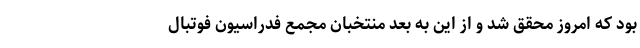
بود که امروز محقق شد و از این به بعد منتخبان مجمع فدراسیون فوتبال